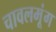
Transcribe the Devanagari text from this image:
चावलमूंग